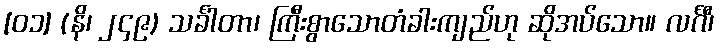
[၀၁] (နိ၊ ၂၄၉) သင်္ခါတာ၊ ကြီးစွာသောတံခါးကျည်ဟု ဆိုအပ်သော။ လင်္ဂီ၊